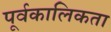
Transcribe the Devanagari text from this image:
पूर्वकालिकता